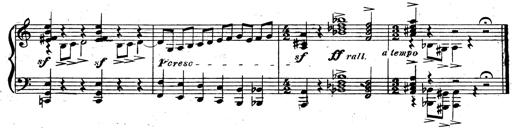
Title: 3 Sonatinas for Piano
Composer: Vissarion Shebalin